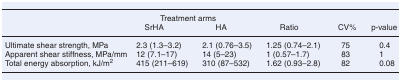
<table><thead><tr><td></td><td colspan="2"><b>Treatment arms</b></td><td></td><td></td><td></td></tr><tr><td></td><td><b>SrHA</b></td><td><b>HA</b></td><td><b>Ratio</b></td><td><b>CV%</b></td><td><b>p-value</b></td></tr></thead><tbody><tr><td>Ultimate shear strength, MPa</td><td>2.3 (1.3–3.2)</td><td>2.1 (0.76–3.5)</td><td>1.25 (0.74–2.1)</td><td>75</td><td>0.4</td></tr><tr><td>Apparent shear stiffness, MPa/mm</td><td>12 (7.1–17)</td><td>14 (5–23)</td><td>1 (0.57–1.7)</td><td>83</td><td>1</td></tr><tr><td>Total energy absorption, kJ/m<sup>2</sup></td><td>415 (211–619)</td><td>310 (87–532)</td><td>1.62 (0.93–2.8)</td><td>82</td><td>0.08</td></tr></tbody></table>